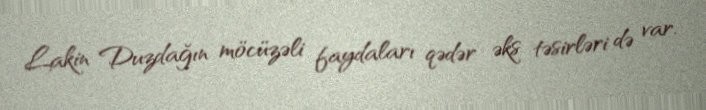
Lakin Duzdağın möcüzəli faydaları qədər əks təsirləri də var.